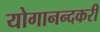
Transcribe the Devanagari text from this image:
योगानन्दकरी